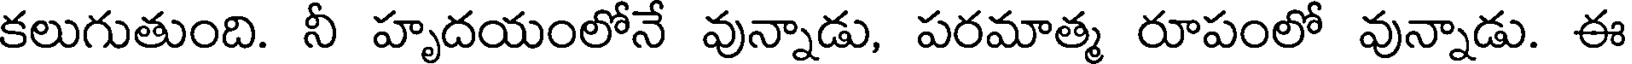
కలుగుతుంది. నీ హృదయంలోనే వున్నాడు, పరమాత్మ రూపంలో వున్నాడు. ఈ